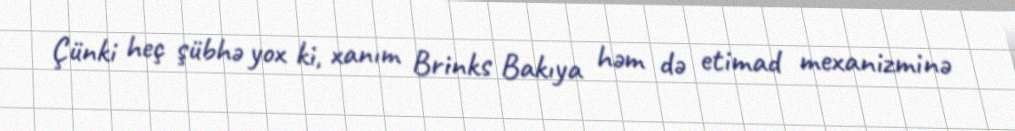
Çünki heç şübhə yox ki, xanım Brinks Bakıya həm də etimad mexanizminə